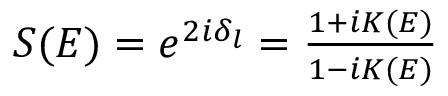
\begin{array} { r } { S ( E ) = e ^ { 2 i \delta _ { l } } = \frac { 1 + i K ( E ) } { 1 - i K ( E ) } } \end{array}